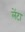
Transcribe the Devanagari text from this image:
लेंटा